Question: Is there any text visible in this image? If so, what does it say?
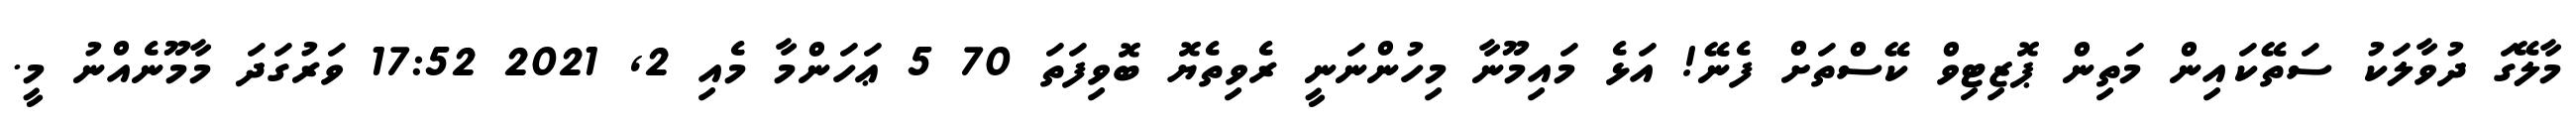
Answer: މާލޭގަ ދުވާލަކު ސަތޭކައިން މަތިން ޕޮޒިޓިވް ކޭސްތަށް ފެނޭ! އަޅެ މައިމޫނާ މިހުންނަނީ ރެވިތެޔޮ ބޮވިފަތަ 70 5 ޢަހަންމާ މެއި 2, 2021 17:52 ވަރުގަދަ މާމޫނެއްނު މީ.